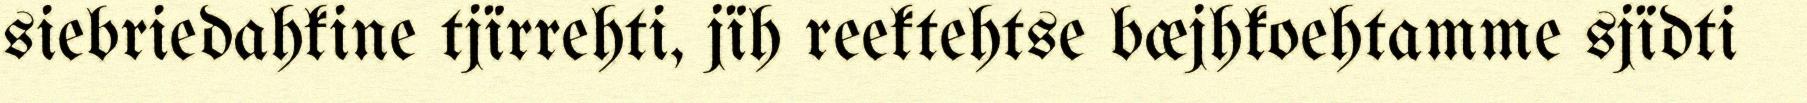
siebriedahkine tjïrrehti, jïh reektehtse bæjhkoehtamme sjïdti